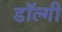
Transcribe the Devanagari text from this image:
डॉल्गी